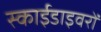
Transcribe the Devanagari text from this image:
स्काईडाइवरों